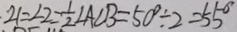
\angle 1 = \angle 2 = \frac { 1 } { 2 } \angle A C B = 5 0 ^ { \circ } \div 2 = 5 5 ^ { \circ }